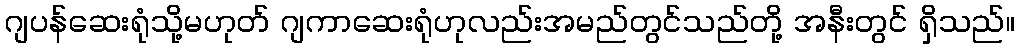
ဂျပန်ဆေးရုံသို့မဟုတ် ဂျကာဆေးရုံဟုလည်းအမည်တွင်သည်တို့ အနီးတွင် ရှိသည်။